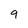
Character: 9